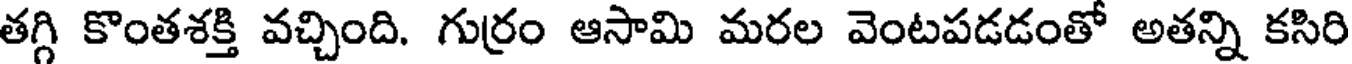
తగ్గి కొంతశక్తి వచ్చింది. గుర్రం ఆసామి మరల వెంటపడడంతో అతన్ని కసిరి